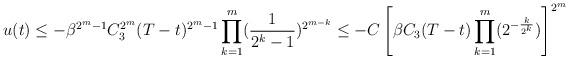
LaTeX: \begin{align*}u(t)\leq-\beta^{2^{m}-1}C_{3}^{2^{m}}(T-t)^{2^{m}-1}\prod_{k=1}^{m}(\frac{1}{2^{k}-1})^{2^{m-k}}\leq-C\left[\beta C_{3}(T-t)\prod_{k=1}^{m}(2^{-\frac{k}{2^{k}}})\right]^{2^{m}}\end{align*}